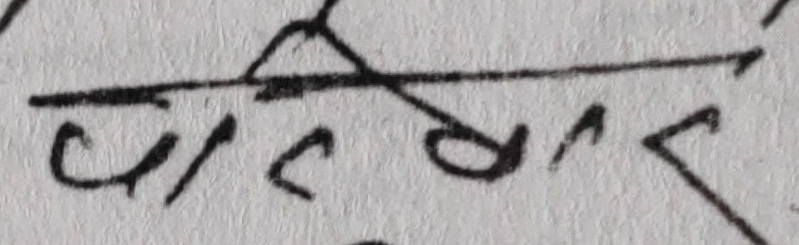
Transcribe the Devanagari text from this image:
पर्तियार